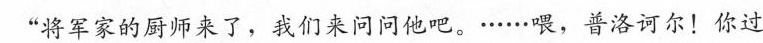
“将军家的厨师来了，我们来问问他吧。······喂，普洛诃尔!你过